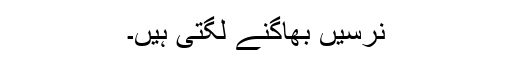
نرسیں بھاگنے لگتی ہیں۔